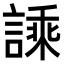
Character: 𧪝